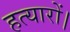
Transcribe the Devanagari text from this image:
हत्यारों।